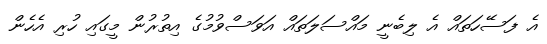
އެ ފަސޭހަތައް އެ ލިބެނީ މައްސަލަތައް އަވަސްވުމުގެ އިތުރުން މީގައި ހުރި އެހެން